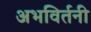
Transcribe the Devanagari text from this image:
अभविर्तनी